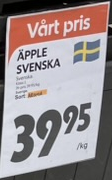
Vara: Äpple
Genomsnittspris: 39.95 per kg